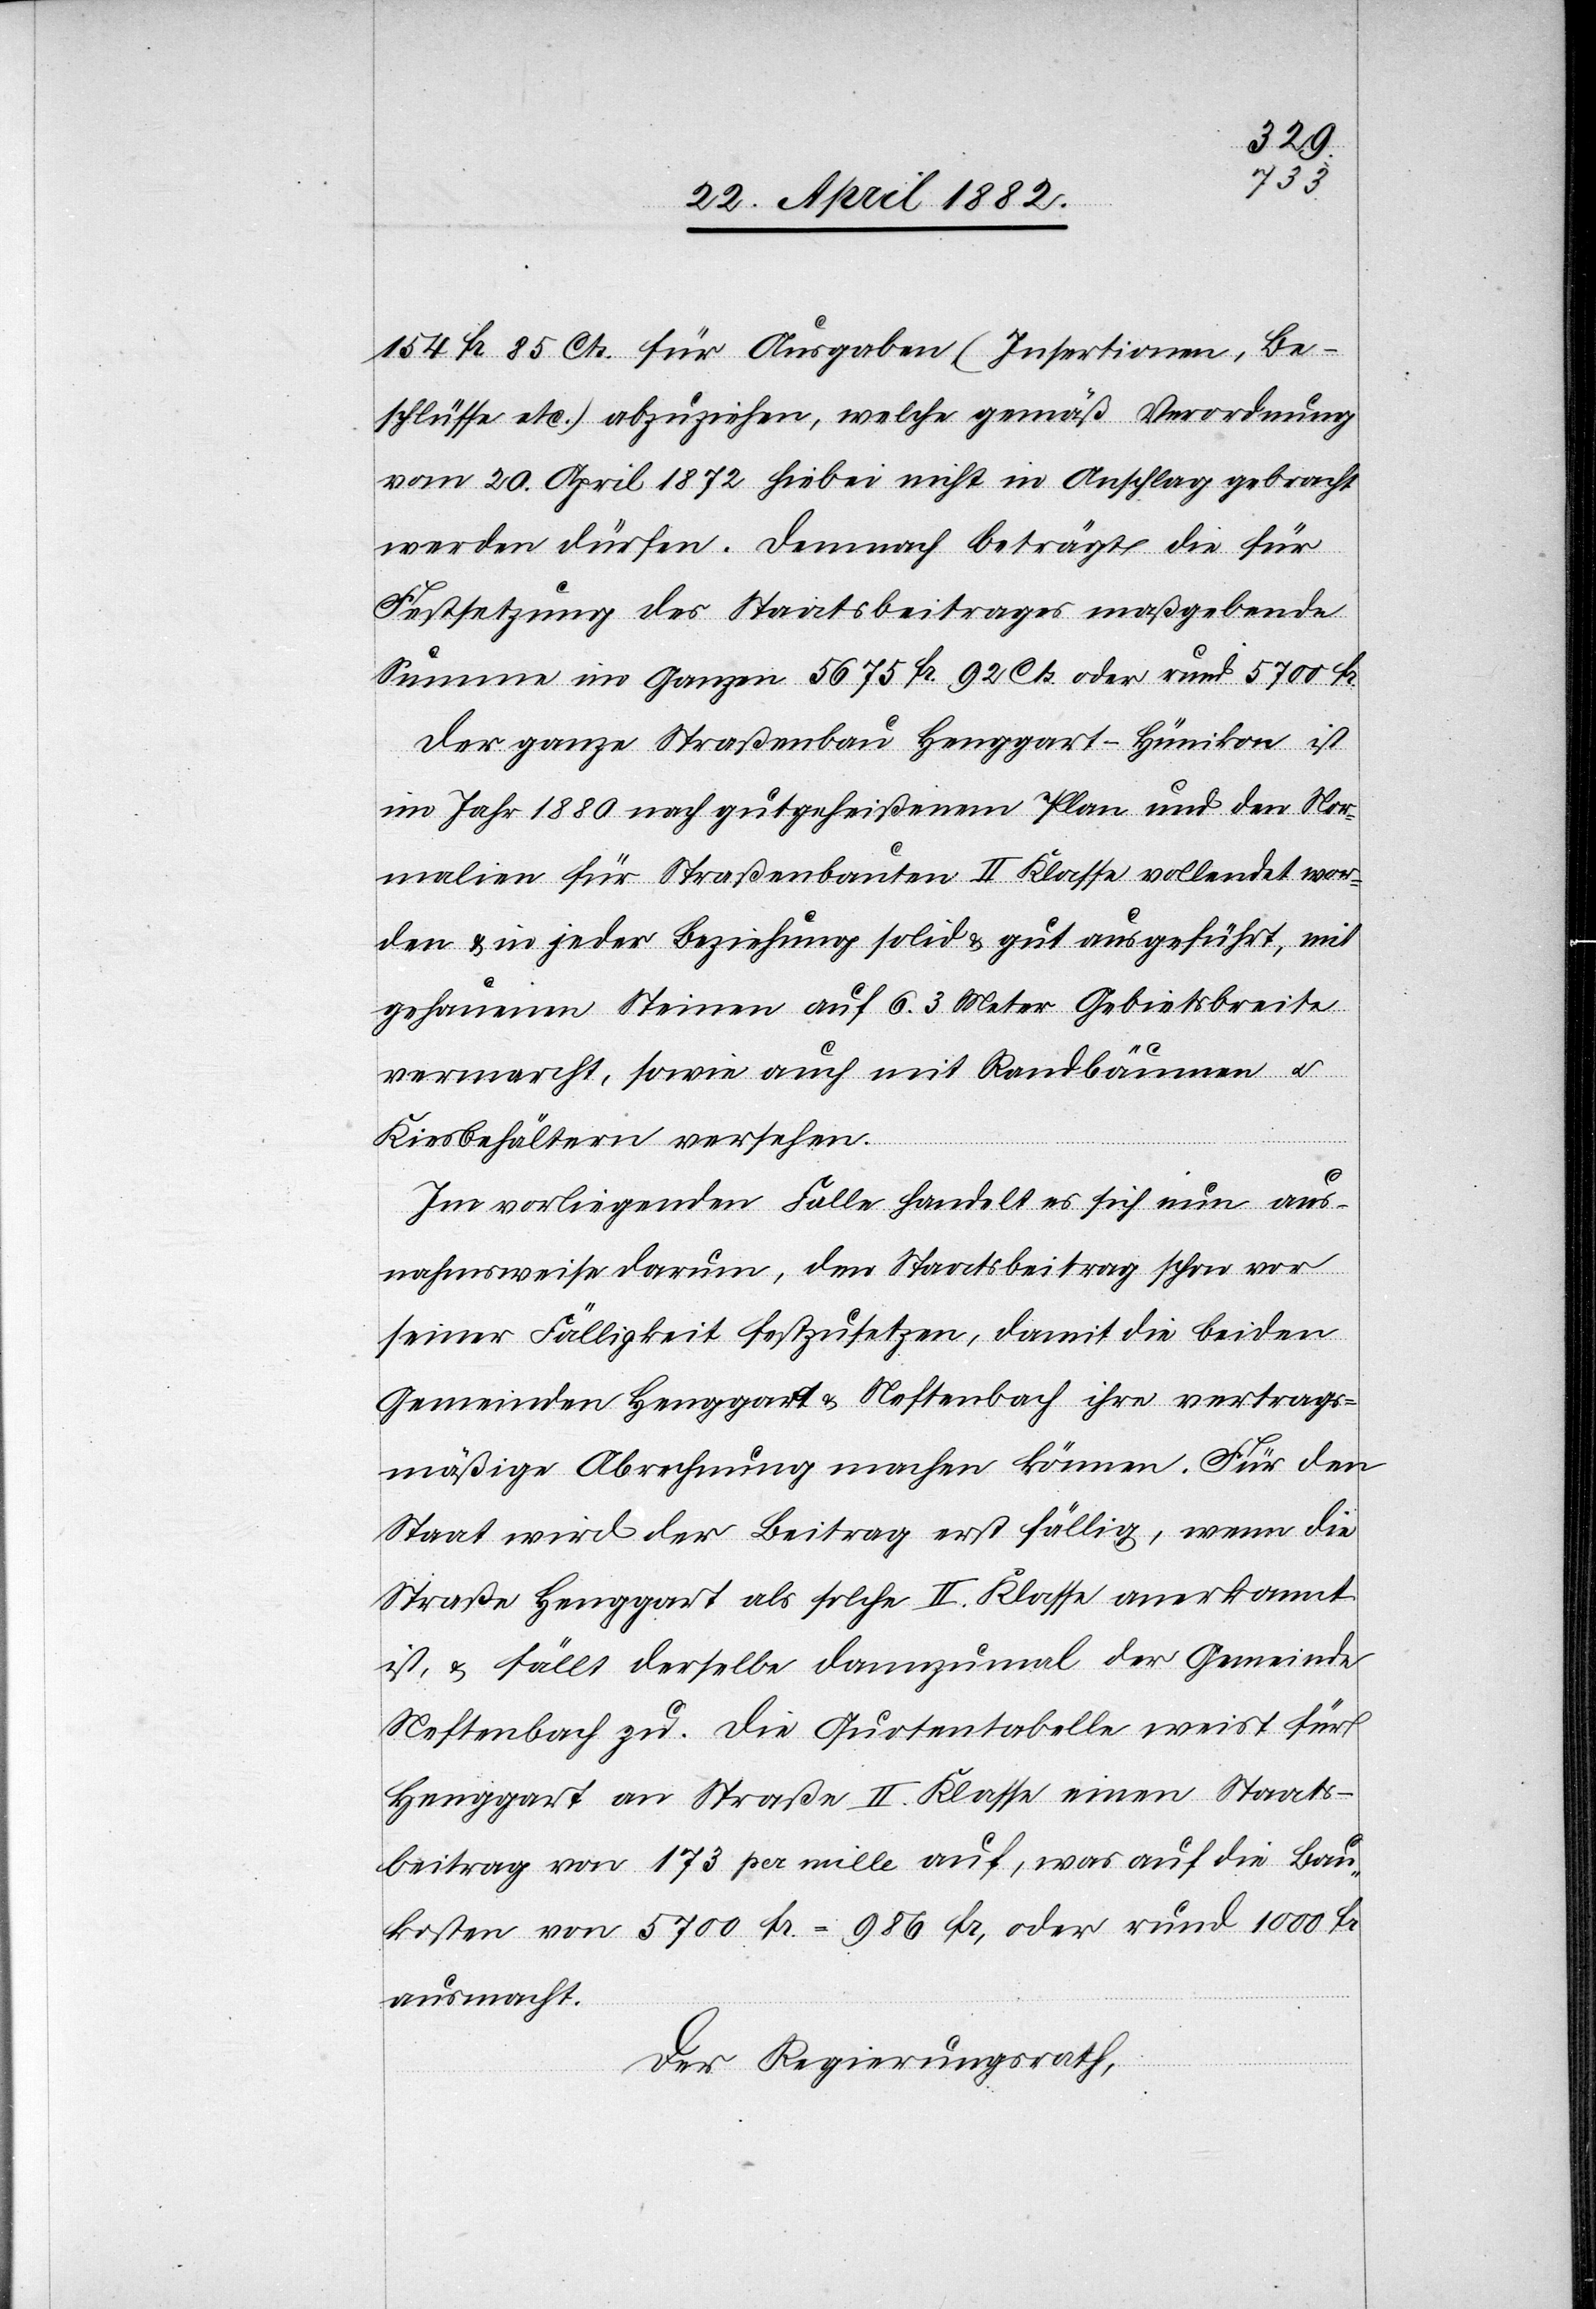
154 Fr. 85 Cts. für Ausgaben (Insertionen, Be¬
schlüsse etc.) abzuziehen, welche gemäß Verordnung
vom 20. April 1872 hiebei nicht in Anschlag gebracht
werden dürfen. Demnach beträgt die für
Festsetzung des Staatsbeitrages maßgebende
Summe im Ganzen 5675 Fr. 92 Cts. oder rund 5700 Fr.
Der ganze Straßenbau Henggart–Hünikon ist
im Jahr 1880 nach gutgeheißenem Plan und den Nor¬
malien für Straßenbauten II. Klasse vollendet wor¬
den & in jeder Beziehung solid & gut ausgeführt, mit
gehauenen Steinen auf 6.3 Meter Gebietsbreite
vermarcht, sowie auch mit Randbäumen u.
Kiesbehältern versehen.
Im vorliegenden Falle handelt es sich nun aus¬
nahmsweise darum, den Staatsbeitrag schon vor
seiner Fälligkeit festzusetzen, damit die beiden
Gemeinden Henggart & Neftenbach ihre vertrags¬
mäßige Abrechnung machen können. Für den
Staat wird der Beitrag erst fällig, wenn die
Straße Henggart als solche II. Klasse anerkannt
ist, & fällt derselbe dannzumal der Gemeinde
Neftenbach zu. Die Quotentabelle weist für
Henggart an Straße[n] II. Klasse einen Staats¬
beitrag von 173 per mille auf, was auf die Bau¬
kosten von 5700 Fr. = 986 Fr., oder rund 1000 Fr.
ausmacht.
Der Regierungsrath,